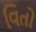
વિતો